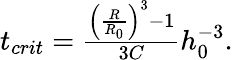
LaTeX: \begin{array}{r}{t_{crit}=\frac{\left(\frac{R}{R_{0}}\right)^{3}-1}{3C}h_{0}^{-3}.}\end{array}